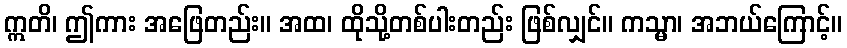
ဣတိ၊ ဤကား အဖြေတည်း။ အထ၊ ထိုသို့တစ်ပါးတည်း ဖြစ်လျှင်။ ကသ္မာ၊ အဘယ်ကြောင့်။